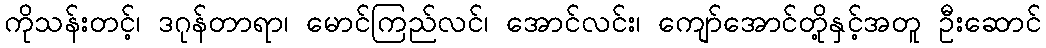
ကိုသန်းတင့်၊ ဒဂုန်တာရာ၊ မောင်ကြည်လင်၊ အောင်လင်း၊ ကျော်အောင်တို့နှင့်အတူ ဦးဆောင်